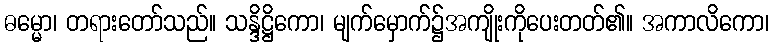
ဓမ္မော၊ တရားတော်သည်။ သန္ဒိဋ္ဌိကော၊ မျက်မှောက်၌အကျိုးကိုပေးတတ်၏။ အကာလိကော၊